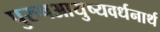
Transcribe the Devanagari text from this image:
पुरुषआयुष्यवर्धनार्थ